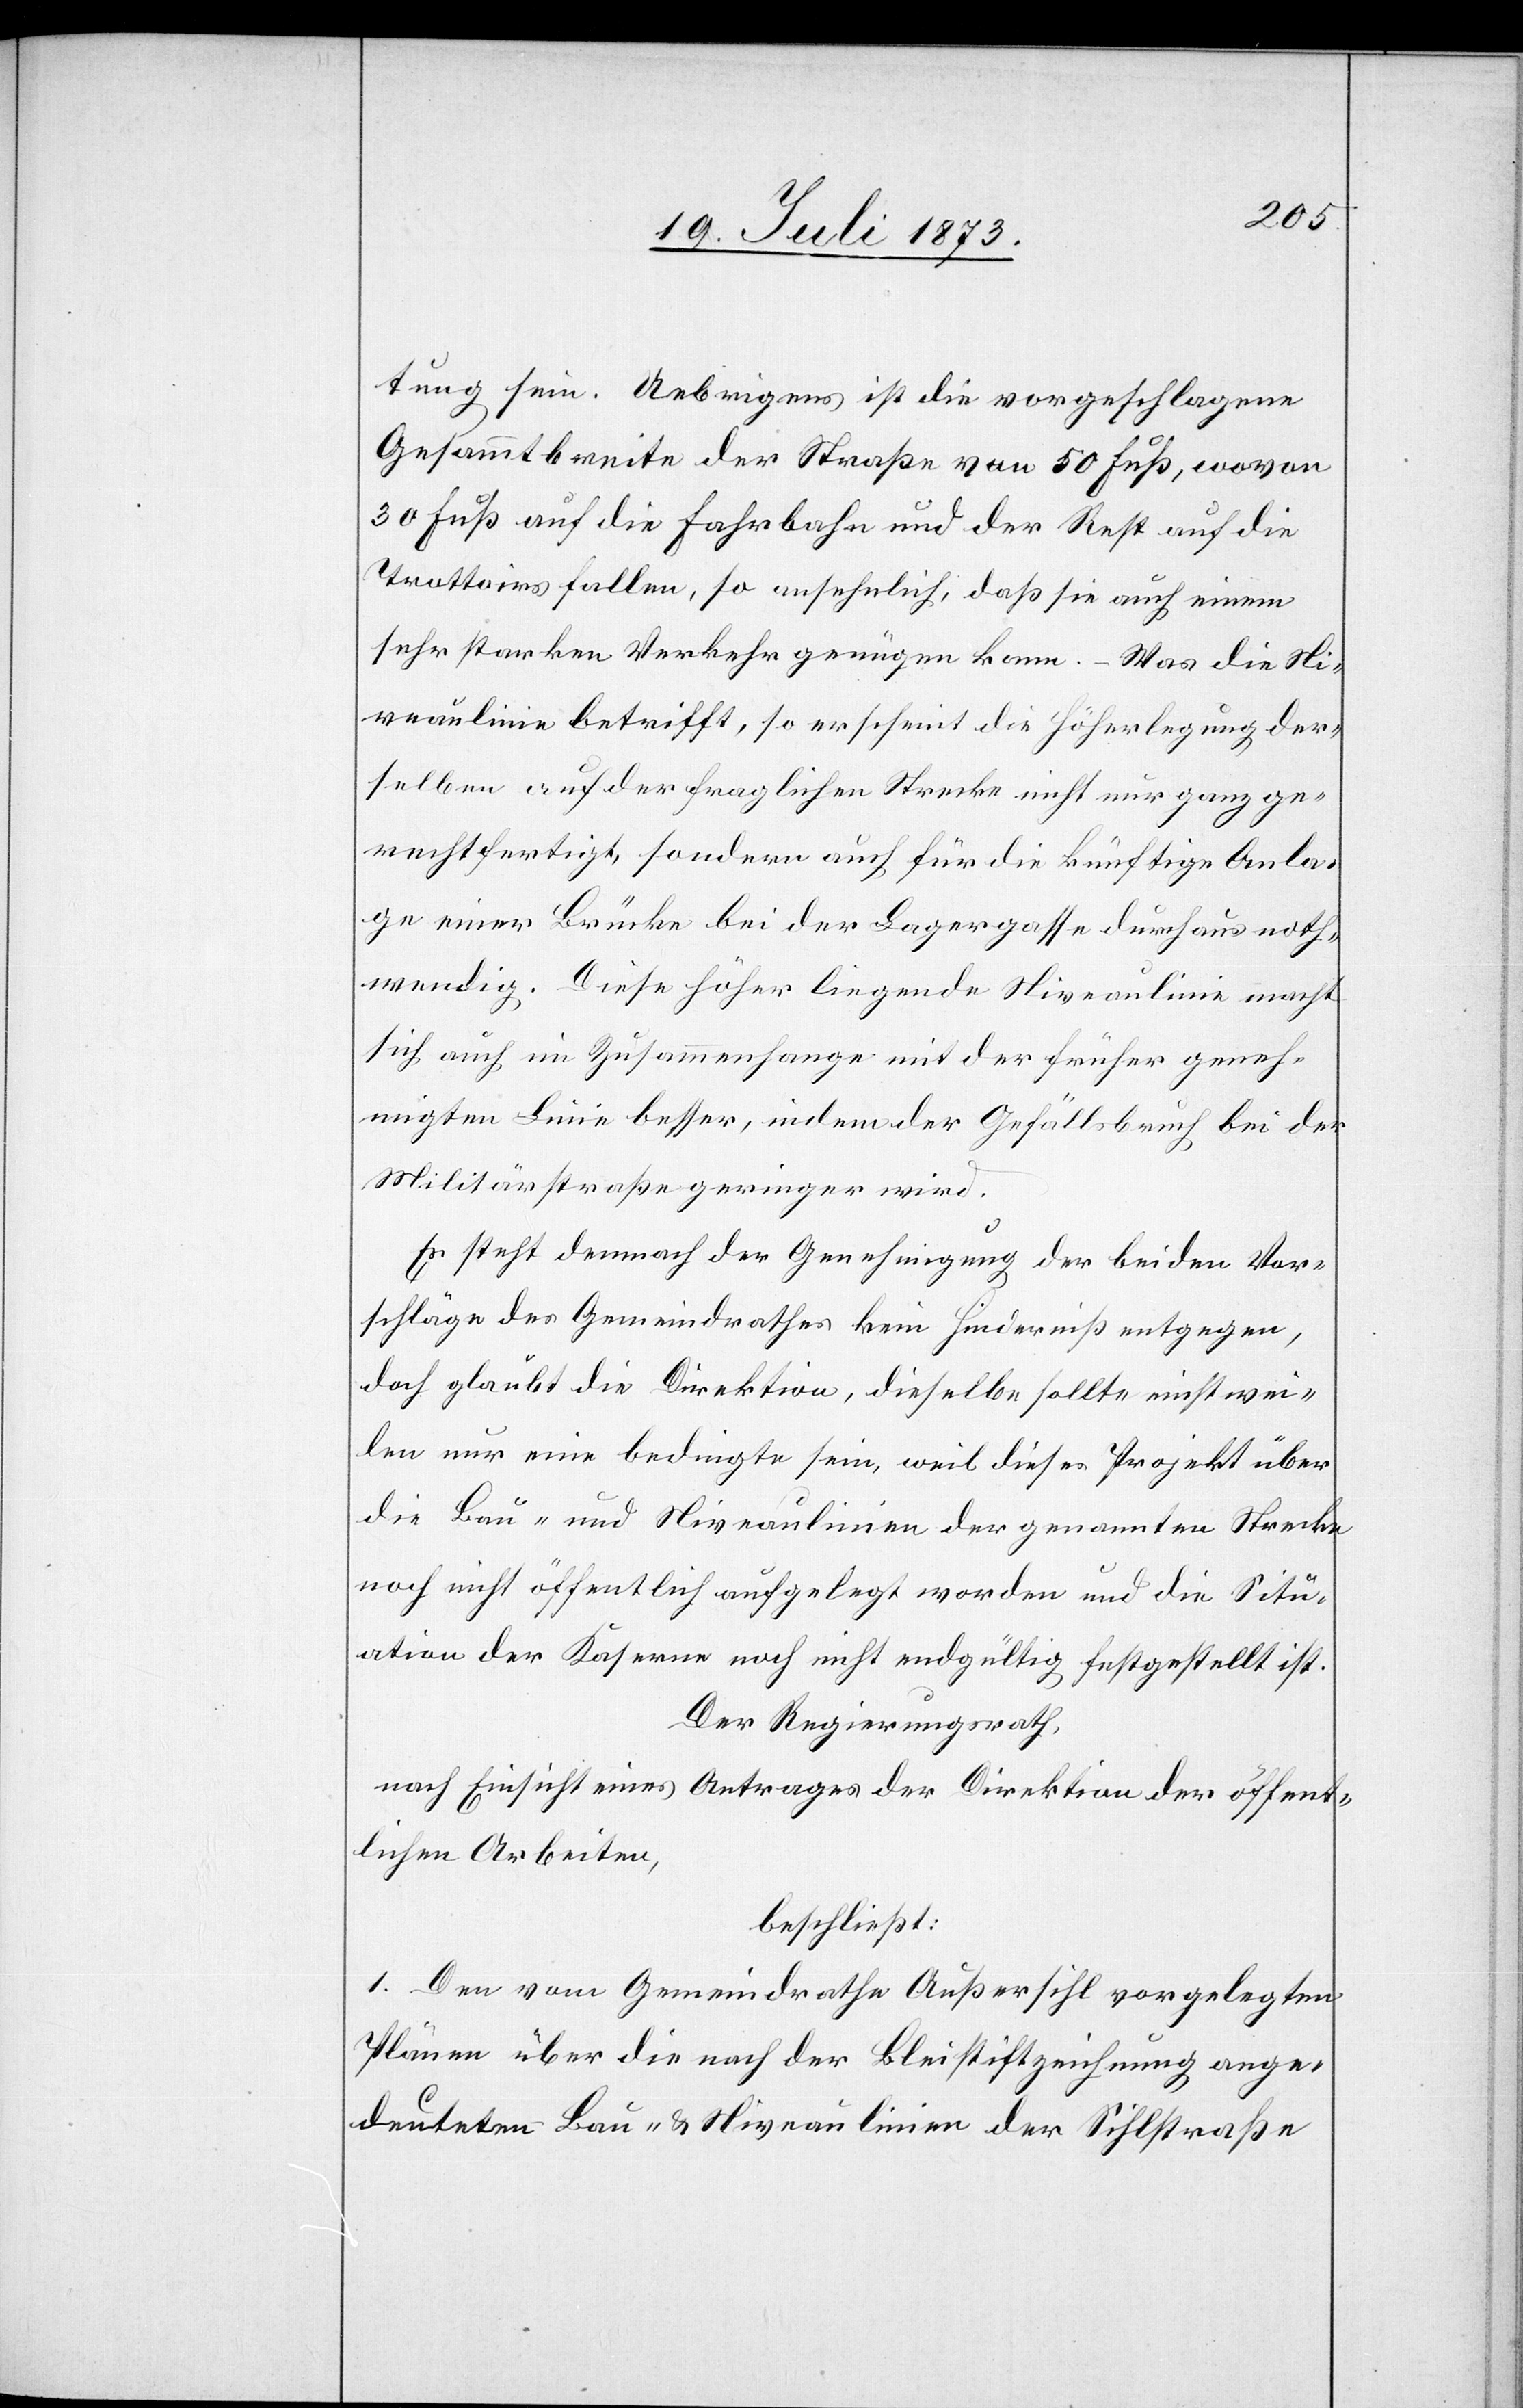
tung sein. Uebrigens ist die vorgeschlagene
Gesammtbreite der Straße von 50 Fuß, wovon
30 Fuß auf die Fahrbahn und der Rest auf die
Trottoirs fallen, so ansehnlich, daß sie auch einem
sehr starken Verkehr genügen kann. – Was die Ni¬
veaulinie betrifft, so erscheint die Höherlegung der¬
selben auf der fraglichen Strecke nicht nur ganz ge¬
rechtfertigt, sondern auch für die künftige Anla¬
ge einer Brücke bei der Lagergasse durchaus noth¬
wendig. Diese höher liegende Niveaulinie macht
sich auch im Zusammenhange mit der früher geneh¬
migten Linie besser, indem der Gefällsbruch bei der
Militärstraße geringer wird.
Es steht demnach der Genehmigung der beiden Vor¬
schläge des Gemeindrathes kein Hinderniß entgegen,
doch glaubt die Direktion, dieselbe sollte einstwei¬
len nur eine bedingte sein, weil dieses Projekt über
die Bau- und Niveaulinien der genannten Strecke
noch nicht öffentlich aufgelegt worden und die Situ¬
ation der Kaserne noch nicht endgültig festgestellt ist.
Der Regierungsrath,
nach Einsicht eines Antrages der Direktion der öffent¬
lichen Arbeiten,
beschließt:
1. Den vom Gemeindrathe Außersihl vorgelegten
Plänen über die nach der Bleistiftzeichnung ange¬
deuteten Bau- & Niveaulinien der Sihlstraße